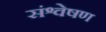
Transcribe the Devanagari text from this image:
संश्वेषण